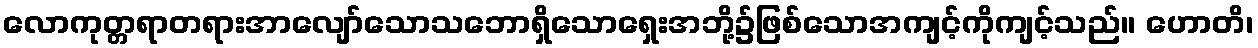
လောကုတ္တရာတရားအာလျော်သောသဘောရှိသောရှေးအဘို့၌ဖြစ်သောအကျင့်ကိုကျင့်သည်။ ဟောတိ၊